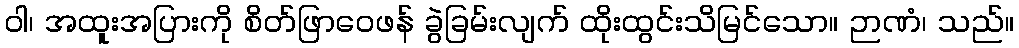
ဝါ၊ အထူးအပြားကို စိတ်ဖြာဝေဖန် ခွဲခြမ်းလျက် ထိုးထွင်းသိမြင်သော။ ဉာဏံ၊ သည်။